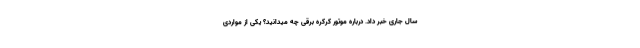
سال جاری خبر داد. درباره موتور کرکره برقی چه میدانید؟ یکی از مواردی